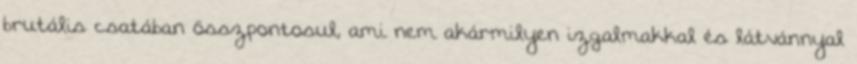
brutális csatában összpontosul, ami nem akármilyen izgalmakkal és látvánnyal